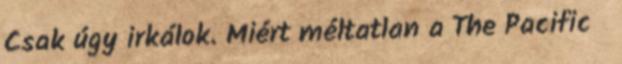
Csak úgy irkálok. Miért méltatlan a The Pacific